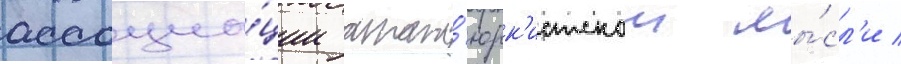
ассоциа́ции атат'юрк'истскои мы́сл'и /